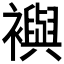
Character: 𧞏